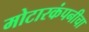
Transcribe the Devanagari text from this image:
मोटारकंपनीचा